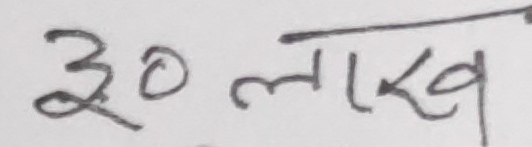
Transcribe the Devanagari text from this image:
३० लाख